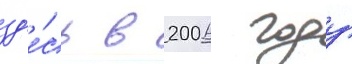
зд'е́сь в 2006 году